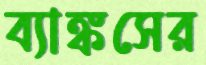
ব্যাঙ্কসের